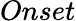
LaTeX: Onset